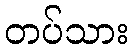
တပ်သား